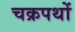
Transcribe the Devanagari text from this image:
चक्रपथों